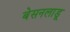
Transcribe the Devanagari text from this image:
बेसनलाडू